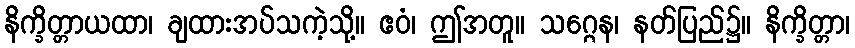
နိက္ခိတ္တာယထာ၊ ချထားအပ်သကဲ့သို့။ ဧဝံ၊ ဤအတူ။ သဂ္ဂေန၊ နတ်ပြည်၌။ နိက္ခိတ္တာ၊